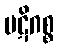
ပဋိဂစ္စ